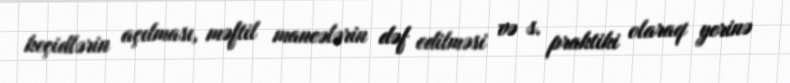
keçidlərin açılması, məftil maneələrin dəf edilməsi və s. praktiki olaraq yerinə